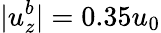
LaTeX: |u_{z}^{b}|=0.35u_{0}